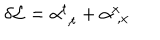
LaTeX: \delta { \cal L } = \alpha _ { \; , t } ^ { t } + \alpha _ { \; , x } ^ { x }